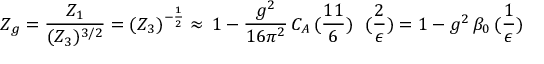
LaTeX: Z _ { g } = \frac { Z _ { 1 } } { ( Z _ { 3 } ) ^ { 3 / 2 } } = ( Z _ { 3 } ) ^ { - \frac { 1 } { 2 } } \approx \, 1 - \frac { g ^ { 2 } } { 1 6 \pi ^ { 2 } } \, C _ { A } \, ( \frac { 1 1 } { 6 } ) \; \, \, ( \frac { 2 } { \epsilon } ) = 1 - { g ^ { 2 } } \, \beta _ { 0 } \, ( \frac { 1 } { \epsilon } )